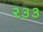
૨૩૩